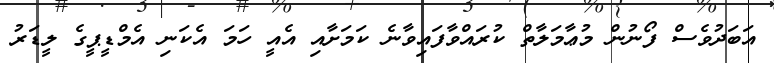
އަބަދުވެސް ފޯނުން މުޢާމަލާތް ކުރައްވާފައިވާނެ ކަމަށާއި އެއީ ހަމަ އެކަނި އެމްޑީޕީގެ ލީޑަރު